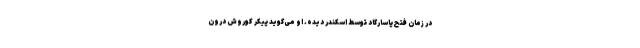
در زمان فتح پاسارگاد توسط اسکندر دیده. او می‌گوید پیکر کوروش درون